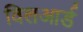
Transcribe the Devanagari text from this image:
विलआर्ड